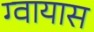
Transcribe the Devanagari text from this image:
ग्वायास